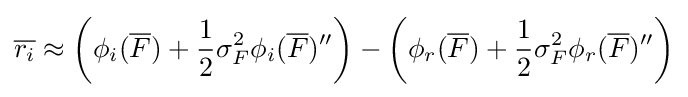
{\overline {r_{i}}}\approx \left(\phi _{i}({\overline {F}})+{\frac {1}{2}}\sigma _{F}^{2}\phi _{i}({\overline {F}})''\right)-\left(\phi _{r}({\overline {F}})+{\frac {1}{2}}\sigma _{F}^{2}\phi _{r}({\overline {F}})''\right)